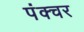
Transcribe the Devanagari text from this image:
पंक्‍चर